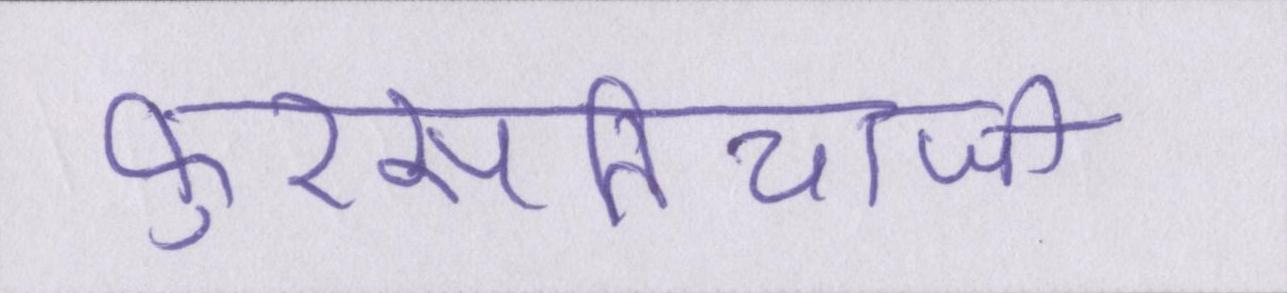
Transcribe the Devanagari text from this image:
फुरसतियाजी